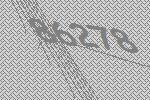
86278